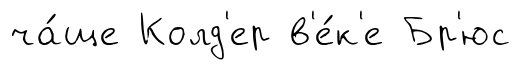
ча́ще Колд'ер в'е́к'е Бр'юс